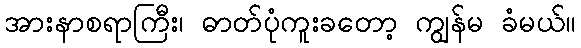
အားနာစရာကြီး၊ ဓာတ်ပုံကူးခတော့ ကျွန်မ ခံမယ်။